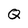
Character: Q